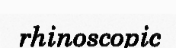
rhinoscopic